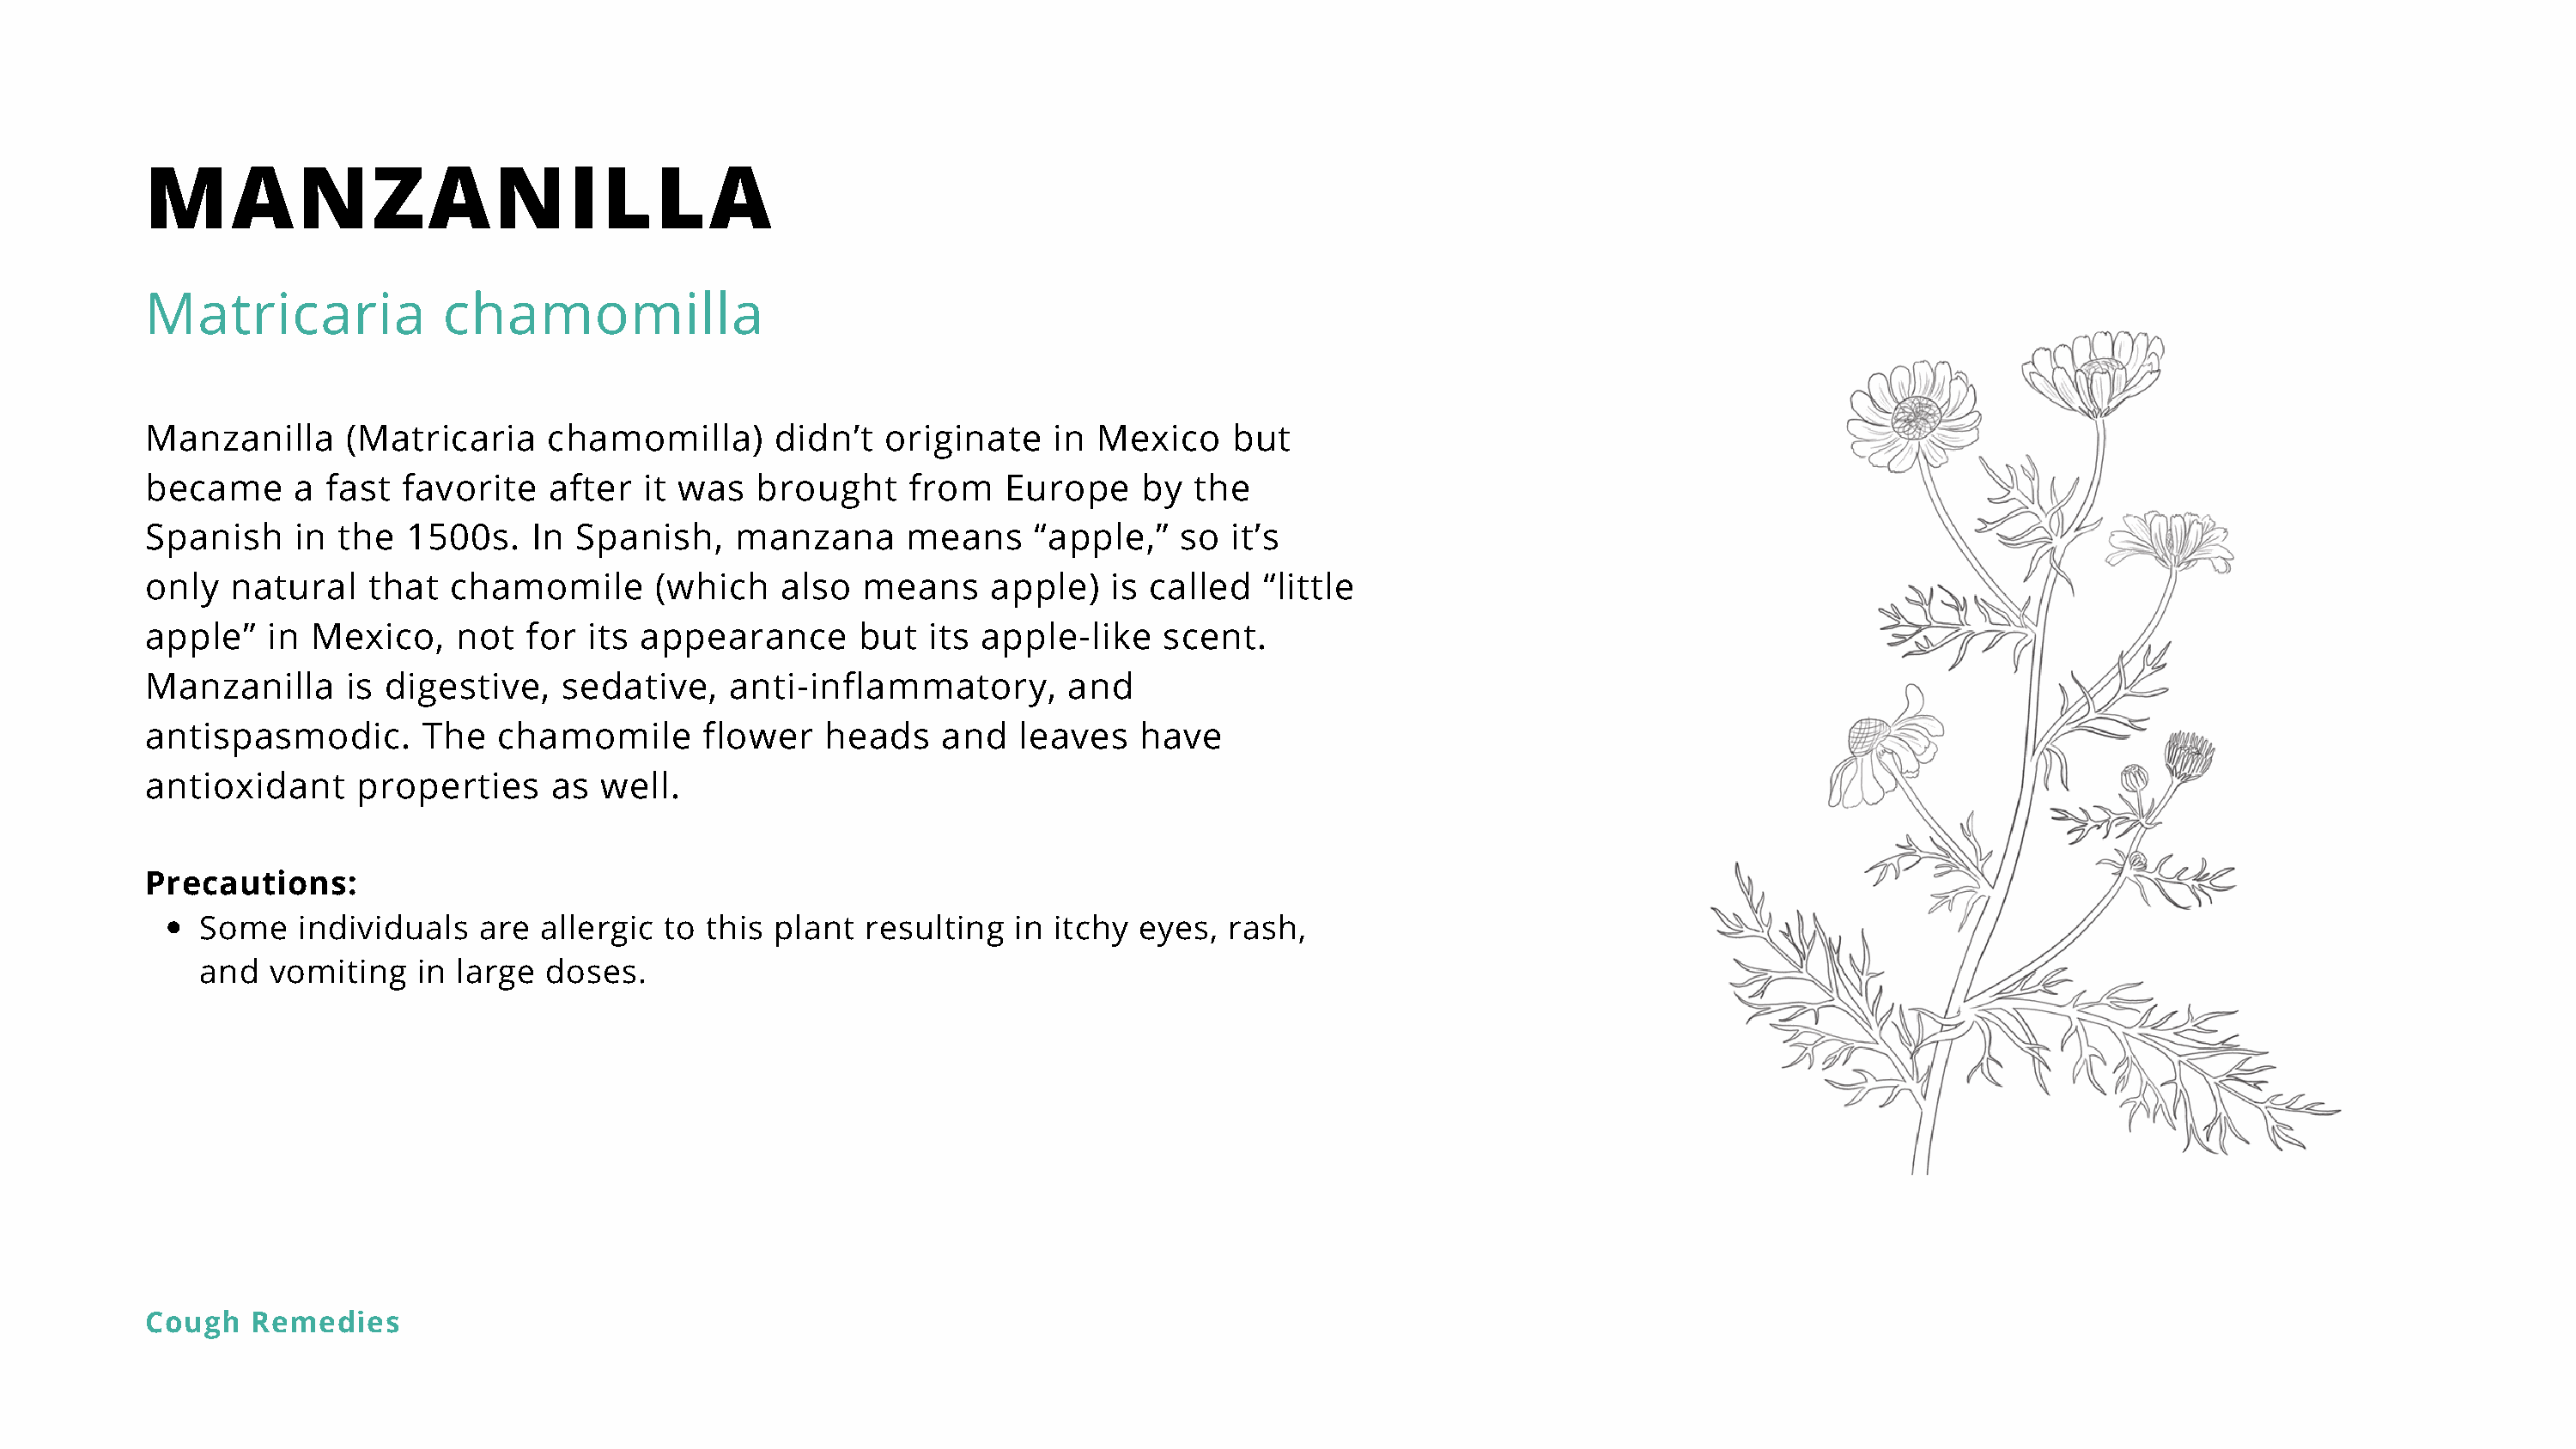
MANZANILLA
 Matricaria             chamomilla
 Manzanilla      (Matricaria    chamomilla)       didn’t  originate    in  Mexico    but
 became      a fast  favorite   after   it was  brought     from   Europe     by  the
 Spanish     in the  1500s.    In Spanish,     manzana      means     “apple,”   so  it’s
 only   natural   that   chamomile      (which    also  means     apple)    is called  “little
 apple”    in Mexico,    not   for its appearance       but   its apple-like    scent.
 Manzanilla      is digestive,   sedative,    anti-inflammatory,        and
 antispasmodic.        The  chamomile       flower    heads    and   leaves   have
 antioxidant     properties     as  well.
 Precautions:
 Some    individuals   are  allergic to this  plant  resulting  in itchy  eyes,  rash,
 and   vomiting   in large  doses.
 Cough   Remedies